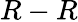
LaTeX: R-R